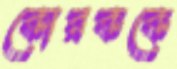
কোরককে